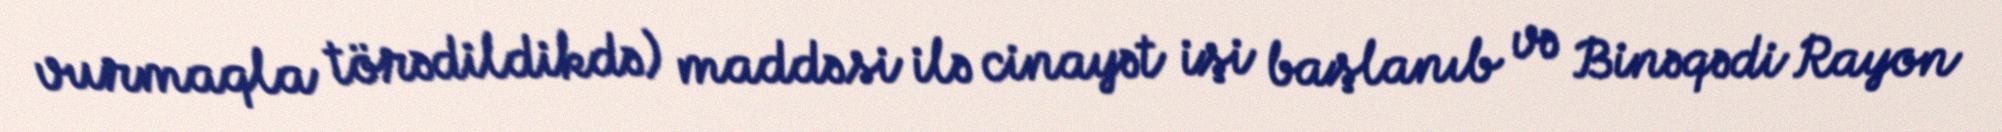
vurmaqla törədildikdə) maddəsi ilə cinayət işi başlanıb və Binəqədi Rayon